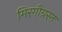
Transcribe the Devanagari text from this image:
मिरगीग्रस्त